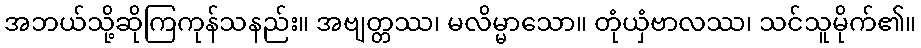
အဘယ်သို့ဆိုကြကုန်သနည်း။ အဗျတ္တဿ၊ မလိမ္မာသော။ တုံယှံဗာလဿ၊ သင်သူမိုက်၏။